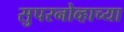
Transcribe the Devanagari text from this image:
सुपरनोव्हाच्या